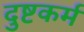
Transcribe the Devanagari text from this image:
दुष्टकर्म